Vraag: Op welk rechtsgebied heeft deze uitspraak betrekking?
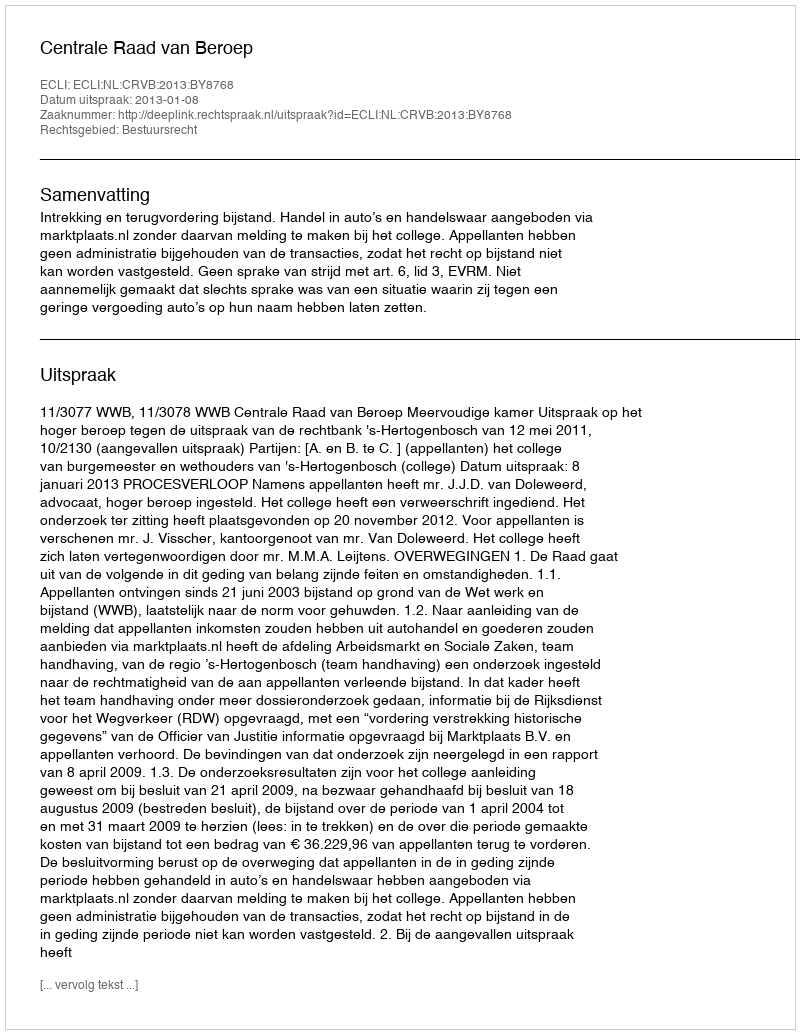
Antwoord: Bestuursrecht